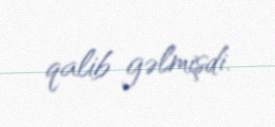
qalib gəlmişdi.